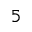
5